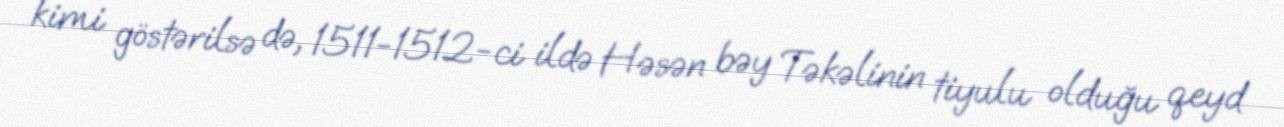
kimi göstərilsə də, 1511-1512-ci ildə Həsən bəy Təkəlinin tiyulu olduğu qeyd